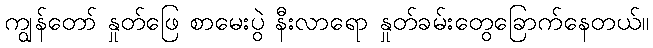
ကျွန်တော် နှုတ်ဖြေ စာမေးပွဲ နီးလာရော နှုတ်ခမ်းတွေခြောက်နေတယ်။